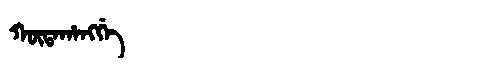
Manchu: ᡴᡡᡨᠠᡥᠠᠩᡤᡝ
Romanization: KŪTAHANGGE